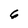
Character: 6